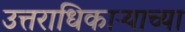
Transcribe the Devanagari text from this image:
उत्तराधिकाऱ्याच्या